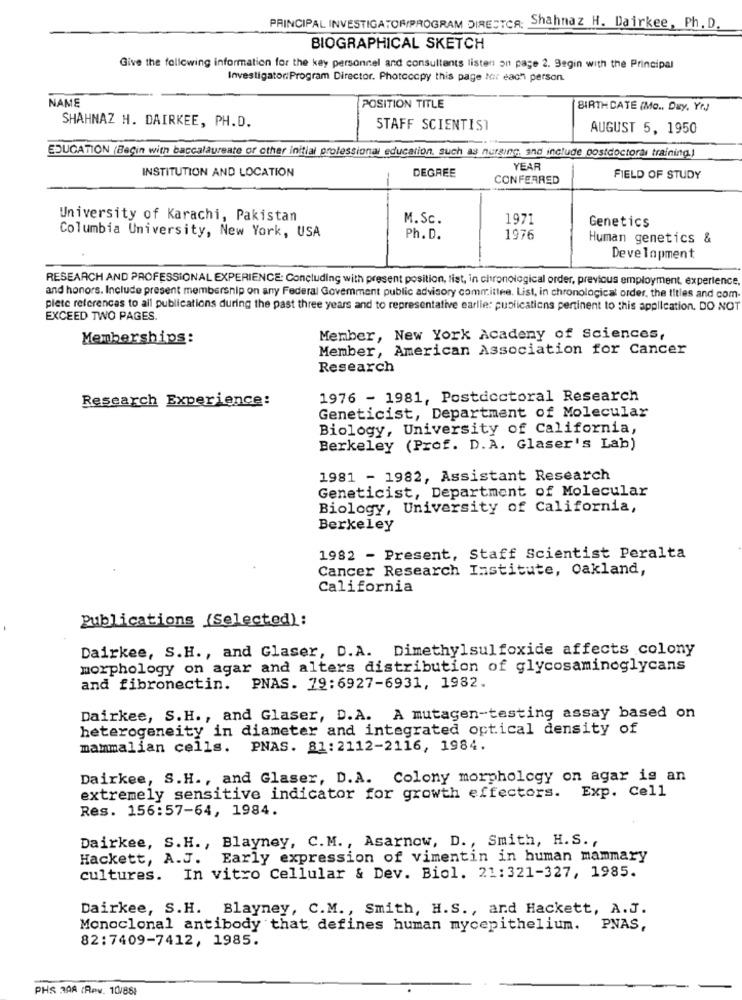
PRINCIPAL INVESTIGATORIPROGRAM DIRECTOR: Shahnaz H. Dairkee, Ph. D.
BIOGRAPHICAL SKETCH
Give the following information for the key personnel and consultants listen on page 2. Begin with the Principal
Investigator: Program Director. Photocopy this page Not each person.
NAME
POSITION TITLE
BIRTH DATE (Mo ., Day, Yr.)
SHAHNAZ H. DAIRKEE, PH.D.
STAFF SCIENTIST
AUGUST 5, 1950
EDUCATION (Begin with baccalaureate or other initial professional education, such as nursing, and include postdoctoral training.)
INSTITUTION AND LOCATION
DEGREE
YEAR
CONFERRED
FIELD OF STUDY
University of Karachi, Pakistan
M. Sc.
1971
Genetics
Columbia University, New York, USA
Ph.D.
1976
Human genetics &
Development
RESEARCH AND PROFESSIONAL EXPERIENCE: Concluding with present position, list, in chronological order, previous employment, experience
and honors. Include present membership on any Federal Govemment public advisory committee. List, in chronological order, the titles and com
plete references to all publications during the past three years and to representative earlie: publications pertinent to this application. DO NOT
EXCEED TWO PAGES.
Memberships:
Member, New York Academy of Sciences,
Member, American Association for Cancer
Research
Research Experience:
1976 - 1981, Postdoctoral Research
Geneticist, Department of Molecular
Biology, University of California,
Berkeley (Prof. D.A. Glaser's Lab)
1981 - 1982, Assistant Research
Geneticist, Department of Molecular
Biology, University of California,
Berkeley
1982 - Present, Staff Scientist Peralta
Cancer Research Institute, Oakland,
California
Publications (Selected) :
Dairkee, S.H ., and Glaser, D.A. Dimethylsulfoxide affects colony
morphology on agar and alters distribution of glycosaminoglycans
and fibronectin.
PNAS. 79:6927-6931, 1982.
Dairkee, S.H ., and Glaser, D.A. A mutagen-testing assay based on
heterogeneity in diameter and integrated optical density of
mammalian cells. PNAS. 81:2112-2116, 1984.
Dairkee, S.H ., and Glaser, D.A. Colony morphology on agar is an
extremely sensitive indicator for growth effectors. Exp. Cell
Res. 156:57-64, 1984.
Dairkee, S.H ., Blayney, C.M ., Asarnow, D. , Smith, H.S. ,
Hackett, A.J. Early expression of vimentin in human mammary
cultures. In vitro Cellular & Dev. Biol. 21:321-327, 1985.
Dairkee, S.H. Blayney, C.M ., Smith, H.S ., and Hackett, A.J.
Monoclonal antibody that defines human mycepithelium. PNAS,
82:7409-7412, 1985.
PHS 30A (Rew. 10/86)